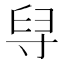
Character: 𦥘